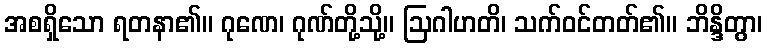
အစရှိသော ရတနာ၏။ ဂုဏေ၊ ဂုဏ်တို့သို့။ ဩဂါဟတိ၊ သက်ဝင်တတ်၏။ ဘိန္ဒိတွာ၊